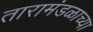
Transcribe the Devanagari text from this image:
तारामंडळाच्या